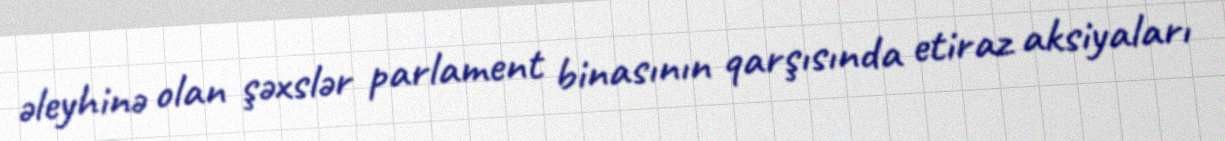
əleyhinə olan şəxslər parlament binasının qarşısında etiraz aksiyaları